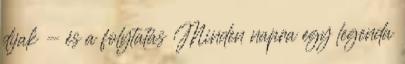
díjak - és a folytatás Minden napra egy legenda